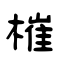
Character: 槯